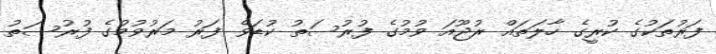
ފަރުތަކުގެ ކުރީގެ ހާލަތައް ރުޖޫއަ ވުމުގެ ފުރުސަތު ކުޑަވެ ފަރު މަރުވުމުގެ ފުރުސަތު